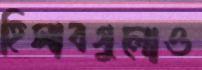
হিসাবগুলোও